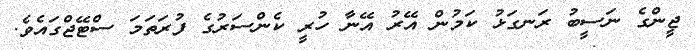
ޖީންގެ ނަސީބު ރަނގަޅު ކަމުން އޭރު އޭނާ ހުރީ ކެންސަރުގެ ފުރަތަމަ ސްޓޭޖްގައެވެ.